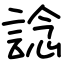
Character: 諗